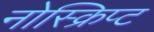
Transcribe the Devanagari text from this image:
नोस्क्रिप्ट